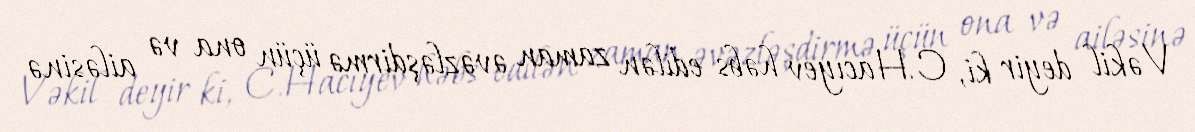
Vəkil deyir ki, C.Hacıyev həbs edilən zaman əvəzləşdirmə üçün ona və ailəsinə